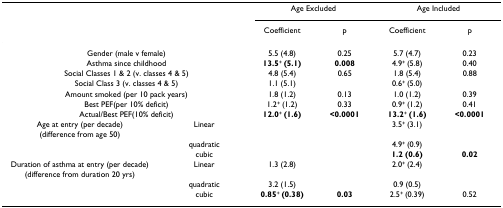
<table><thead><tr><td></td><td></td><td colspan="2"><b>Age Excluded</b></td><td colspan="2"><b>Age Included</b></td></tr><tr><td></td><td></td><td><b>Coefficient</b></td><td><b>p</b></td><td><b>Coefficient</b></td><td><b>p</b></td></tr></thead><tbody><tr><td colspan="2">Gender (male v female)</td><td>5.5 (4.8)</td><td>0.25</td><td>5.7 (4.7)</td><td>0.23</td></tr><tr><td colspan="2">Asthma since childhood</td><td><b>13.5</b><sup>+ </sup><b>(5.1)</b></td><td><b>0.008</b></td><td>4.9<sup>+ </sup>(5.8)</td><td>0.40</td></tr><tr><td colspan="2">Social Classes 1 &amp; 2 (v. classes 4 &amp; 5)</td><td>4.8 (5.4)</td><td>0.65</td><td>1.8 (5.4)</td><td>0.88</td></tr><tr><td colspan="2">Social Class 3 (v. classes 4 &amp; 5)</td><td>1.1 (5.1)</td><td></td><td>0.6<sup>+ </sup>(5.0)</td><td></td></tr><tr><td colspan="2">Amount smoked (per 10 pack years)</td><td>1.8 (1.2)</td><td>0.13</td><td>1.0 (1.2)</td><td>0.39</td></tr><tr><td colspan="2">Best PEF(per 10% deficit)</td><td>1.2<sup>+ </sup>(1.2)</td><td>0.33</td><td>0.9<sup>+ </sup>(1.2)</td><td>0.41</td></tr><tr><td colspan="2">Actual/Best PEF(10% deficit)</td><td><b>12.0</b><sup>+ </sup><b>(1.6)</b></td><td><b>&lt;0.0001</b></td><td><b>13.2</b><sup>+ </sup><b>(1.6)</b></td><td><b>&lt;0.0001</b></td></tr><tr><td>Age at entry (per decade) (difference from age 50)</td><td>Linear</td><td></td><td></td><td>3.5<sup>+ </sup>(3.1)</td><td></td></tr><tr><td></td><td>quadratic</td><td></td><td></td><td>4.9<sup>+ </sup>(0.9)</td><td></td></tr><tr><td></td><td>cubic</td><td></td><td></td><td><b>1.2 (0.6)</b></td><td><b>0.02</b></td></tr><tr><td>Duration of asthma at entry (per decade) (difference from duration 20 yrs)</td><td>Linear</td><td>1.3 (2.8)</td><td></td><td>2.0<sup>+ </sup>(2.4)</td><td></td></tr><tr><td></td><td>quadratic</td><td>3.2 (1.5)</td><td></td><td>0.9 (0.5)</td><td></td></tr><tr><td></td><td>cubic</td><td><b>0.85</b><sup>+ </sup><b>(0.38)</b></td><td><b>0.03</b></td><td>2.5<sup>+ </sup>(0.39)</td><td>0.52</td></tr></tbody></table>